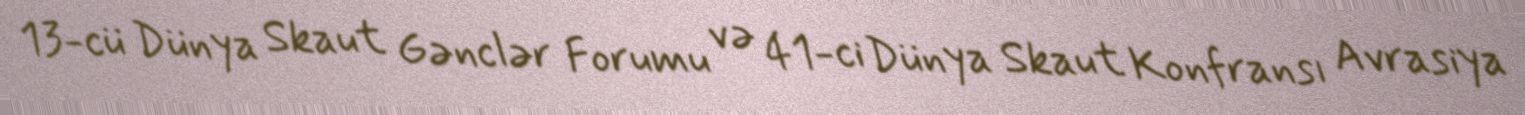
13-cü Dünya Skaut Gənclər Forumu və 41-ci Dünya Skaut Konfransı Avrasiya